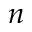
n